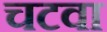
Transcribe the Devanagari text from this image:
चटवा